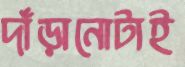
দাঁড়ানোটাই